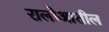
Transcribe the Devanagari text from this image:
रालोआतील